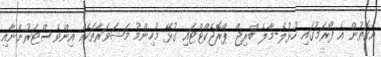
އެގޮތުން އެ ފޯރަމުގައި ހުޅުލެ-މާލެ ބްރިޖް ޕްރޮޖެކްޓްޓައި ގުޅޭ މުހިންމު މަޝަވަރާތަކެއް އިންވެސްޓަރުންނާއި